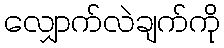
လျှောက်လဲချက်ကို